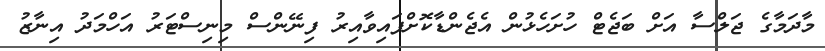
މާދަމާގެ ޖަލްސާ އަށް ބަޖެޓް ހުށަހެޅުން އެޖެންޑާކޮށްފައިވާއިރު ފިނޭންސް މިނިސްޓަރު އަހްމަދު އިނާޒު